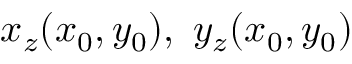
x _ { z } ( x _ { 0 } , y _ { 0 } ) , ~ y _ { z } ( x _ { 0 } , y _ { 0 } )